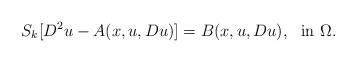
LaTeX: \begin{align*} S_k[D^2u-A(x,u,Du)]=B(x,u,Du), \ \ {\rm in} \ \Omega. \end{align*}